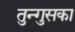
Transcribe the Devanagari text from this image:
तुन्गुसका